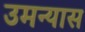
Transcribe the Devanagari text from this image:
उमन्यास